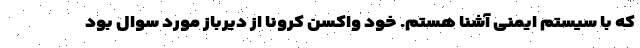
که با سیستم ایمنی آشنا هستم. خود واکسن کرونا از دیرباز مورد سوال بود